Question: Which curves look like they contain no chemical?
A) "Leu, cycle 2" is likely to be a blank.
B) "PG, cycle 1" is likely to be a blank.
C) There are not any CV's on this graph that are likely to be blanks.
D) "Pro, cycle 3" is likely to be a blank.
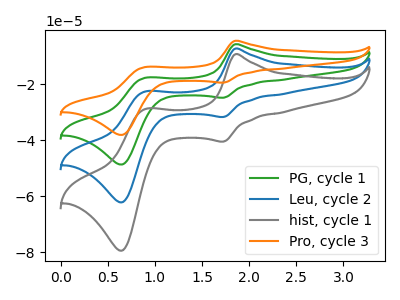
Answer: <think>The green curve "PG, cycle 1" has anodic peaks at (1.85V, -14.45uA) (0.90V, -45.10uA) and cathodic peaks at (1.75V, -63.30uA) (0.65V, -124.25uA). The blue curve "Leu, cycle 2" has anodic peaks at (1.85V, -7.20uA) (0.90V, -22.55uA) and cathodic peaks at (1.75V, -31.65uA) (0.65V, -62.10uA). The gray curve "hist, cycle 1" has anodic peaks at (1.85V, -9.25uA) (0.90V, -28.80uA) and cathodic peaks at (1.75V, -40.45uA) (0.65V, -79.40uA). The orange curve "Pro, cycle 3" has anodic peaks at (1.85V, -21.65uA) (0.90V, -67.65uA) and cathodic peaks at (1.75V, -95.00uA) (0.65V, -186.35uA).</think>
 <answer>C) There are not any CV's on this graph that are likely to be blanks.</answer>
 <eval>C</eval>